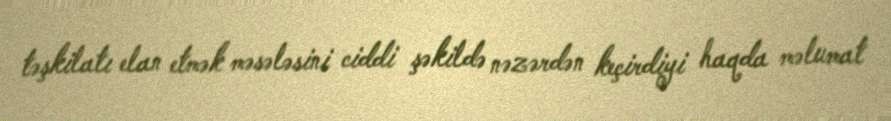
təşkilatı elan etmək məsələsini ciddi şəkildə nəzərdən keçirdiyi haqda məlumat